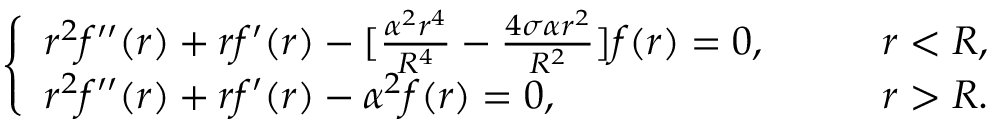
\left\{ \begin{array} { l l } { { r ^ { 2 } f ^ { \prime \prime } ( r ) + r f ^ { \prime } ( r ) - [ \frac { \alpha ^ { 2 } r ^ { 4 } } { R ^ { 4 } } - \frac { 4 \sigma \alpha r ^ { 2 } } { R ^ { 2 } } ] f ( r ) = 0 , } } & { { \qquad r < R , } } \\ { { r ^ { 2 } f ^ { \prime \prime } ( r ) + r f ^ { \prime } ( r ) - \alpha ^ { 2 } f ( r ) = 0 , } } & { { \qquad r > R . } } \end{array} \right.